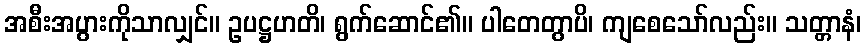
အစီးအပွားကိုသာလျှင်။ ဥပဋ္ဌဟတိ၊ ရွက်ဆောင်၏။ ပါတေတွာပိ၊ ကျစေသော်လည်း။ သတ္တာနံ၊